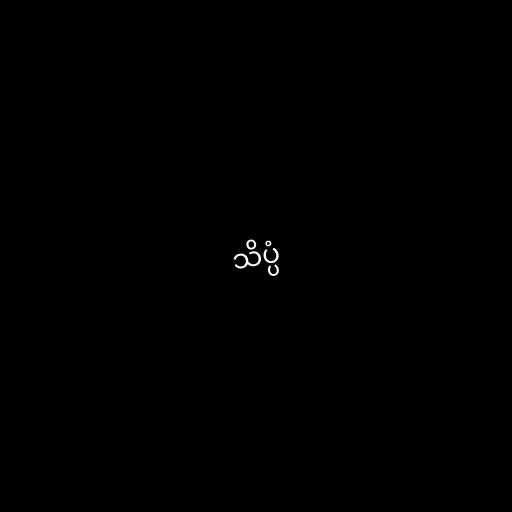
သိပ္ပံ